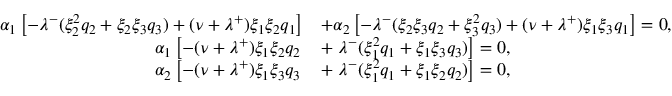
\begin{array} { r l } { \alpha _ { 1 } \left[ - \lambda ^ { - } ( \xi _ { 2 } ^ { 2 } q _ { 2 } + \xi _ { 2 } \xi _ { 3 } q _ { 3 } ) + ( \nu + \lambda ^ { + } ) \xi _ { 1 } \xi _ { 2 } q _ { 1 } \right] } & { + \alpha _ { 2 } \left[ - \lambda ^ { - } ( \xi _ { 2 } \xi _ { 3 } q _ { 2 } + \xi _ { 3 } ^ { 2 } q _ { 3 } ) + ( \nu + \lambda ^ { + } ) \xi _ { 1 } \xi _ { 3 } q _ { 1 } \right] = 0 , } \\ { \alpha _ { 1 } \left[ - ( \nu + \lambda ^ { + } ) \xi _ { 1 } \xi _ { 2 } q _ { 2 } \right. } & { + \left. \lambda ^ { - } ( \xi _ { 1 } ^ { 2 } q _ { 1 } + \xi _ { 1 } \xi _ { 3 } q _ { 3 } ) \right] = 0 , } \\ { \alpha _ { 2 } \left[ - ( \nu + \lambda ^ { + } ) \xi _ { 1 } \xi _ { 3 } q _ { 3 } \right. } & { + \left. \lambda ^ { - } ( \xi _ { 1 } ^ { 2 } q _ { 1 } + \xi _ { 1 } \xi _ { 2 } q _ { 2 } ) \right] = 0 , } \end{array}